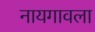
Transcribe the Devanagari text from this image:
नायगावला